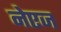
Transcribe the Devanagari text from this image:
नेएज